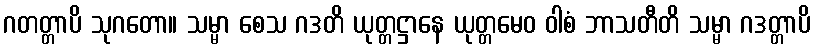
ဂတတ္တာပိ သုဂတော။ သမ္မာ စေသ ဂဒတိ ယုတ္တဋ္ဌာနေ ယုတ္တမေဝ ဝါစံ ဘာသတီတိ သမ္မာ ဂဒတ္တာပိ